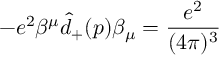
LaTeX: - e ^ { 2 } \beta ^ { \mu } \widehat { d } _ { + } ( p ) \beta _ { \mu } = \frac { e ^ { 2 } } { ( 4 \pi ) ^ { 3 } }